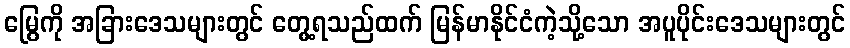
မြွေကို အခြားဒေသများတွင် တွေ့ရသည်ထက် မြန်မာနိုင်ငံကဲ့သို့သော အပူပိုင်းဒေသများတွင်